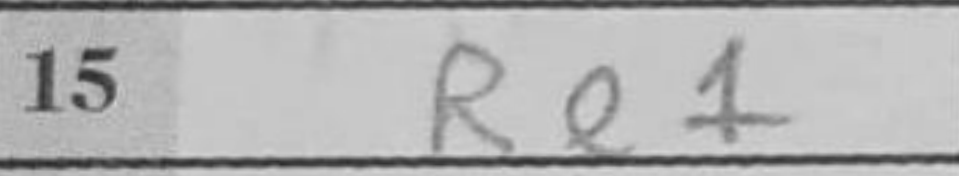
Transcription: Re1